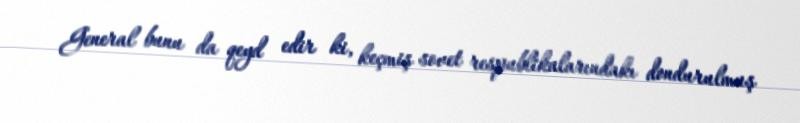
General bunu da qeyd edir ki, keçmiş sovet respublikalarındakı dondurulmuş